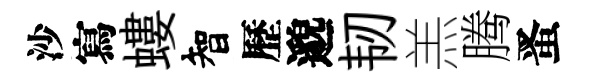
沙寫螻智歷邈韧羔腾󱉠